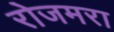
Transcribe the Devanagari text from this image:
रोजमरा